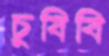
চুষিবি